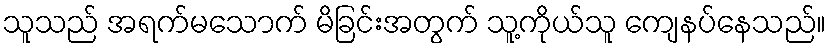
သူသည် အရက်မသောက် မိခြင်းအတွက် သူ့ကိုယ်သူ ကျေနပ်နေသည်။